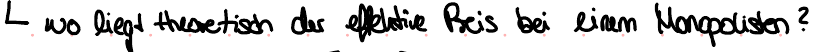
wo liegt theoretisch der effektive Preis bei einem Monopolisten?